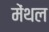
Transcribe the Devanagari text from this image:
मेंथल